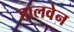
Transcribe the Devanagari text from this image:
हालवेन